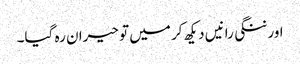
اور ننگی رانیں دیکھ کر میں تو حیران رہ گیا۔